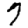
Digit: 7